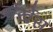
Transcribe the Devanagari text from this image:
ब्रोर्खेस